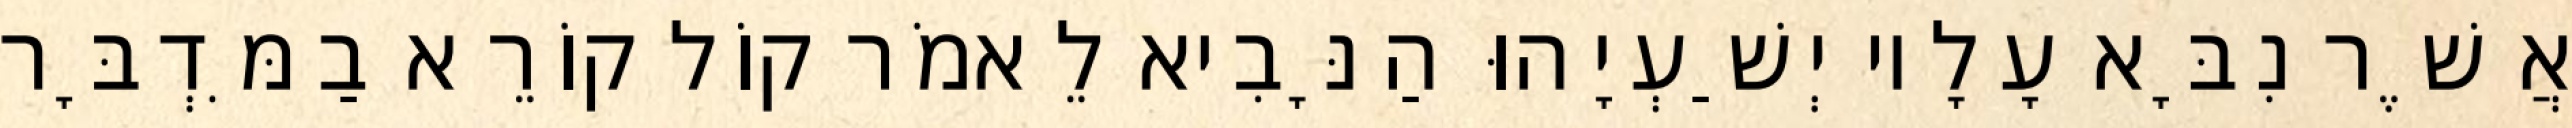
אֲשֶׁר נִבָּא עָלָיו יְשַׁעְיָהוּ הַנָּבִיא לֵאמֹר קוֹל קוֹרֵא בַמִּדְבָּר